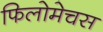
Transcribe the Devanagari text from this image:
फिलोमेचस